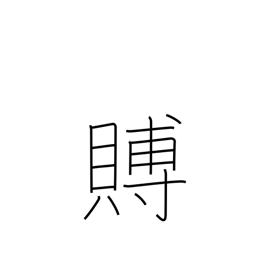
Meaning: condolence gift